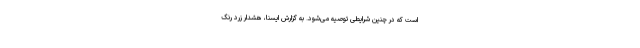
است که در چنین شرایطی توصیه می‌شود. به گزارش ایسنا، هشدار زرد رنگ